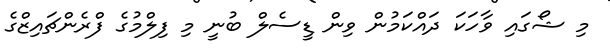
މި ޝޯގައި ވާހަކަ ދައްކަމުން ވިން ޑީސެލް ބުނީ މި ފިލްމުގެ ފްރެންޗައިޒްގެ